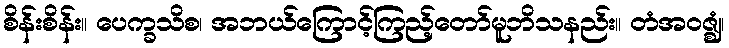
စိန်းစိန်း။ ပေက္ခသိစ၊ အဘယ်ကြောင့်ကြည့်တော်မူဘိသနည်း။ တံအဝဇ္ဈံ၊